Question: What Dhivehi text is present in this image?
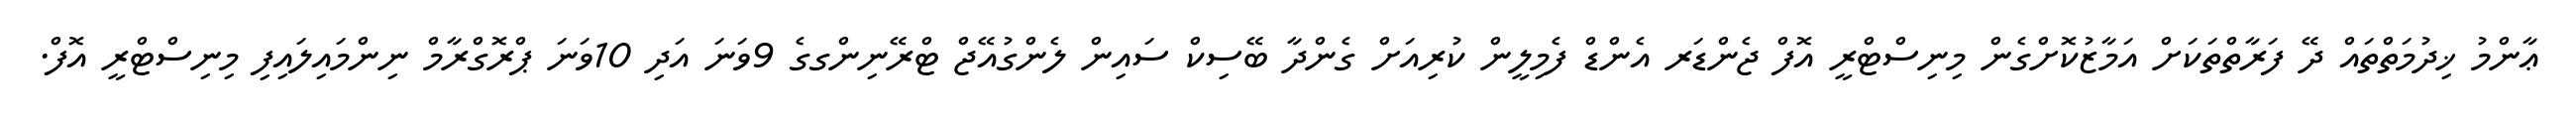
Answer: ޢާންމު ޚިދުމަތްތައް ދޭ ފަރާތްތަކަށް އަމާޒުކޮށްގެން މިނިސްޓްރީ އޮފް ޖެންޑަރ އެންޑް ފެމިލީން ކުރިއަށް ގެންދާ ބޭސިކް ސައިން ލެންގުއޭޖް ޓްރޭނިންގގެ 9ވަނަ އަދި 10ވަނަ ޕްރޮގްރާމް ނިންމައިލައިފި މިނިސްޓްރީ އޮފް.